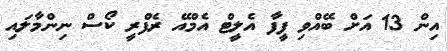
އިން 13 އަށް ބޭއްވި ފީފާ އެލީޓް އެމްއޭ ރެފްރީ ކޯސް ނިންމާލައި